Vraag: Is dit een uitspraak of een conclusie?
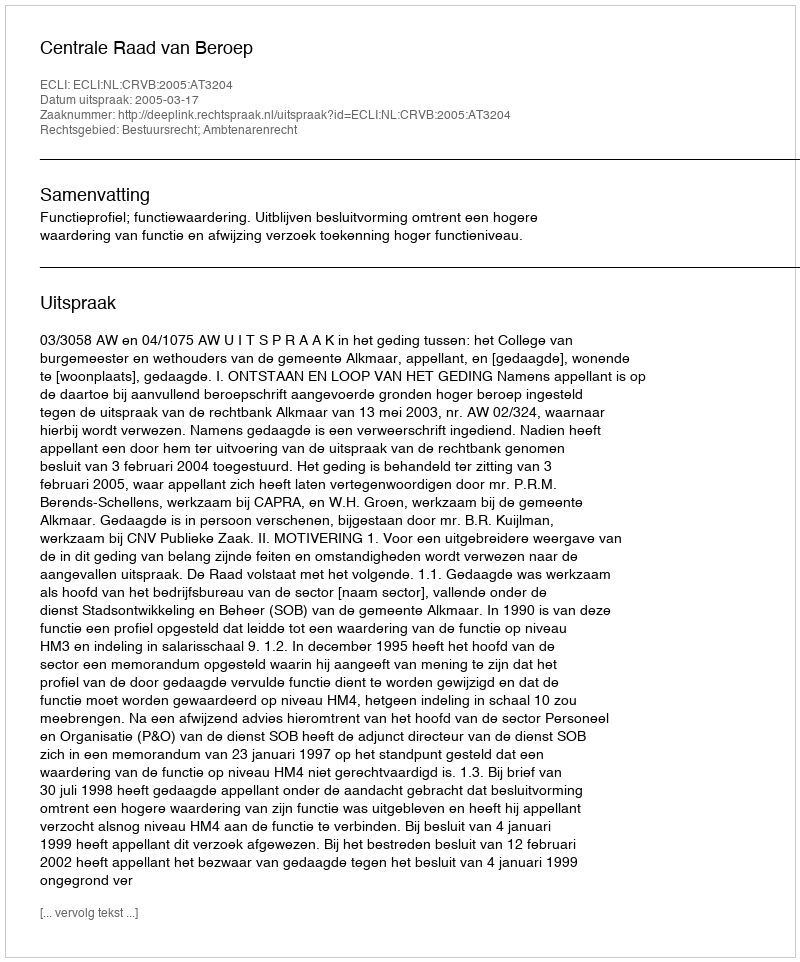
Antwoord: Uitspraak